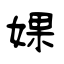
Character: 婐